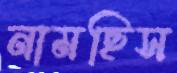
নামছিস